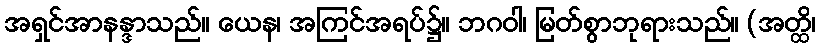
အရှင်အာနန္ဒာသည်။ ယေန၊ အကြင်အရပ်၌။ ဘဂဝါ၊ မြတ်စွာဘုရားသည်။ (အတ္ထိ၊